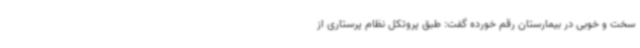
سخت و خوبی در بیمارستان رقم خورده گفت: طبق پروتکل نظام پرستاری از